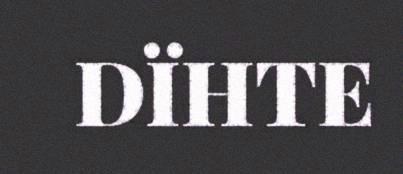
DÏHTE